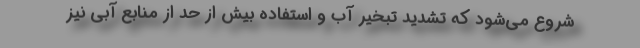
شروع می‌شود که تشدید تبخیر آب و استفاده بیش از حد از منابع آبی نیز